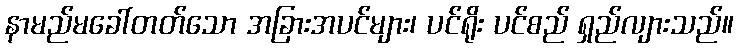
နာမည်မခေါ်တတ်သော အခြားအပင်များ၊ ပင်ရိုး ပင်စည် ရှည်လျားသည်။